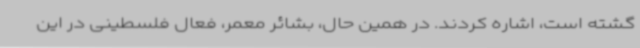
گشته است، اشاره کردند. در همین حال، بشائر معمر، فعال فلسطینی در این